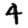
Digit: 4